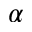
\alpha